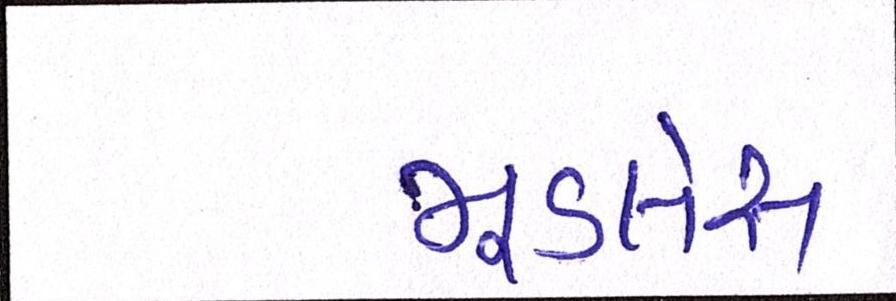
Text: મૂડલેસ